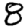
Digit: 8